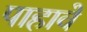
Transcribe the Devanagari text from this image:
पाहावें